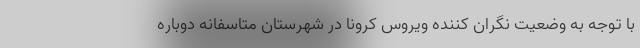
با توجه به وضعیت نگران کننده ویروس کرونا در شهرستان متاسفانه دوباره